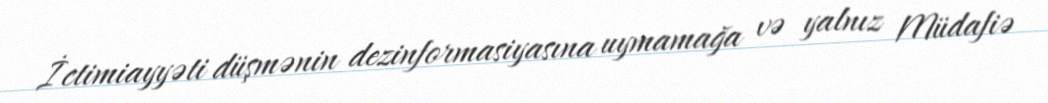
İctimiayyəti düşmənin dezinformasiyasına uymamağa və yalnız Müdafiə